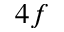
4 f